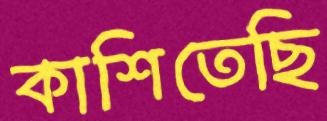
কাশিতেছি